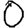
Digit: 0